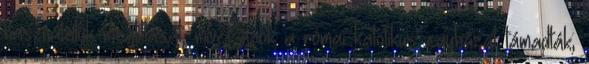
használatuk megtiltását, mivel azok a római katolikus egyházat támadták;